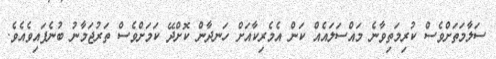
ސަލާމަތަށްވެސް ކުރިމަތިވާނެ މައްސަލައެއް ކަން އެމެރިކާއަށް ހަނދާން ކޮށްދޭ ކަމަށްވެސް ތަރުޖަމާނު ބުނެފައިވެއެވެ.